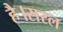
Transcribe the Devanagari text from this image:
है।सरल